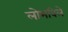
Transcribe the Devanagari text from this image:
लोभविले